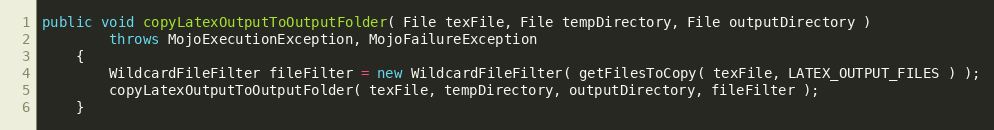
Language: Java
public void copyLatexOutputToOutputFolder( File texFile, File tempDirectory, File outputDirectory )
        throws MojoExecutionException, MojoFailureException
    {
        WildcardFileFilter fileFilter = new WildcardFileFilter( getFilesToCopy( texFile, LATEX_OUTPUT_FILES ) );
        copyLatexOutputToOutputFolder( texFile, tempDirectory, outputDirectory, fileFilter );
    }